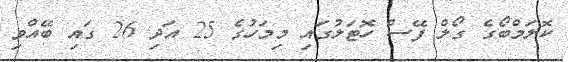
ކޮލަމްބޯގެ ގޯލް ފޭސް ހޮޓަލުގައި މިމަހުގެ 25 އަދި 26 ގައި ބޭއްވި